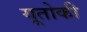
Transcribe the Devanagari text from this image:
यूतोकी